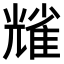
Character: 𠓃